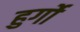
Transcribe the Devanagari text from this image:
हुर्गो